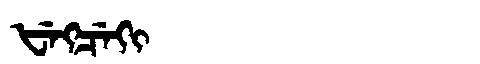
Manchu: ᡶᡝᡴᠴᡝᡴᡳ
Romanization: FEKCEKI